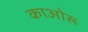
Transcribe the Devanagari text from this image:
काओरू